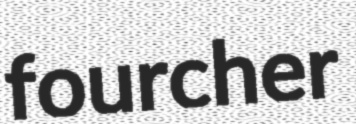
fourcher